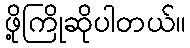
ဖို့ကြိုဆိုပါတယ်။